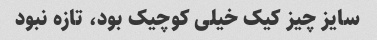
سایز چیز کیک خیلی کوچیک بود، تازه نبود